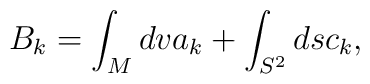
B_{k}=\int_{M}dv a_{k}+\int_{S^{2}}ds c_{k},